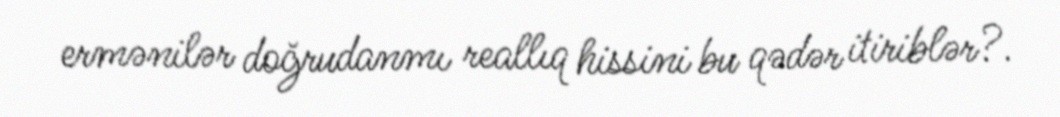
ermənilər doğrudanmı reallıq hissini bu qədər itiriblər?.